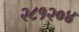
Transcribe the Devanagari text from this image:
२८१२०४